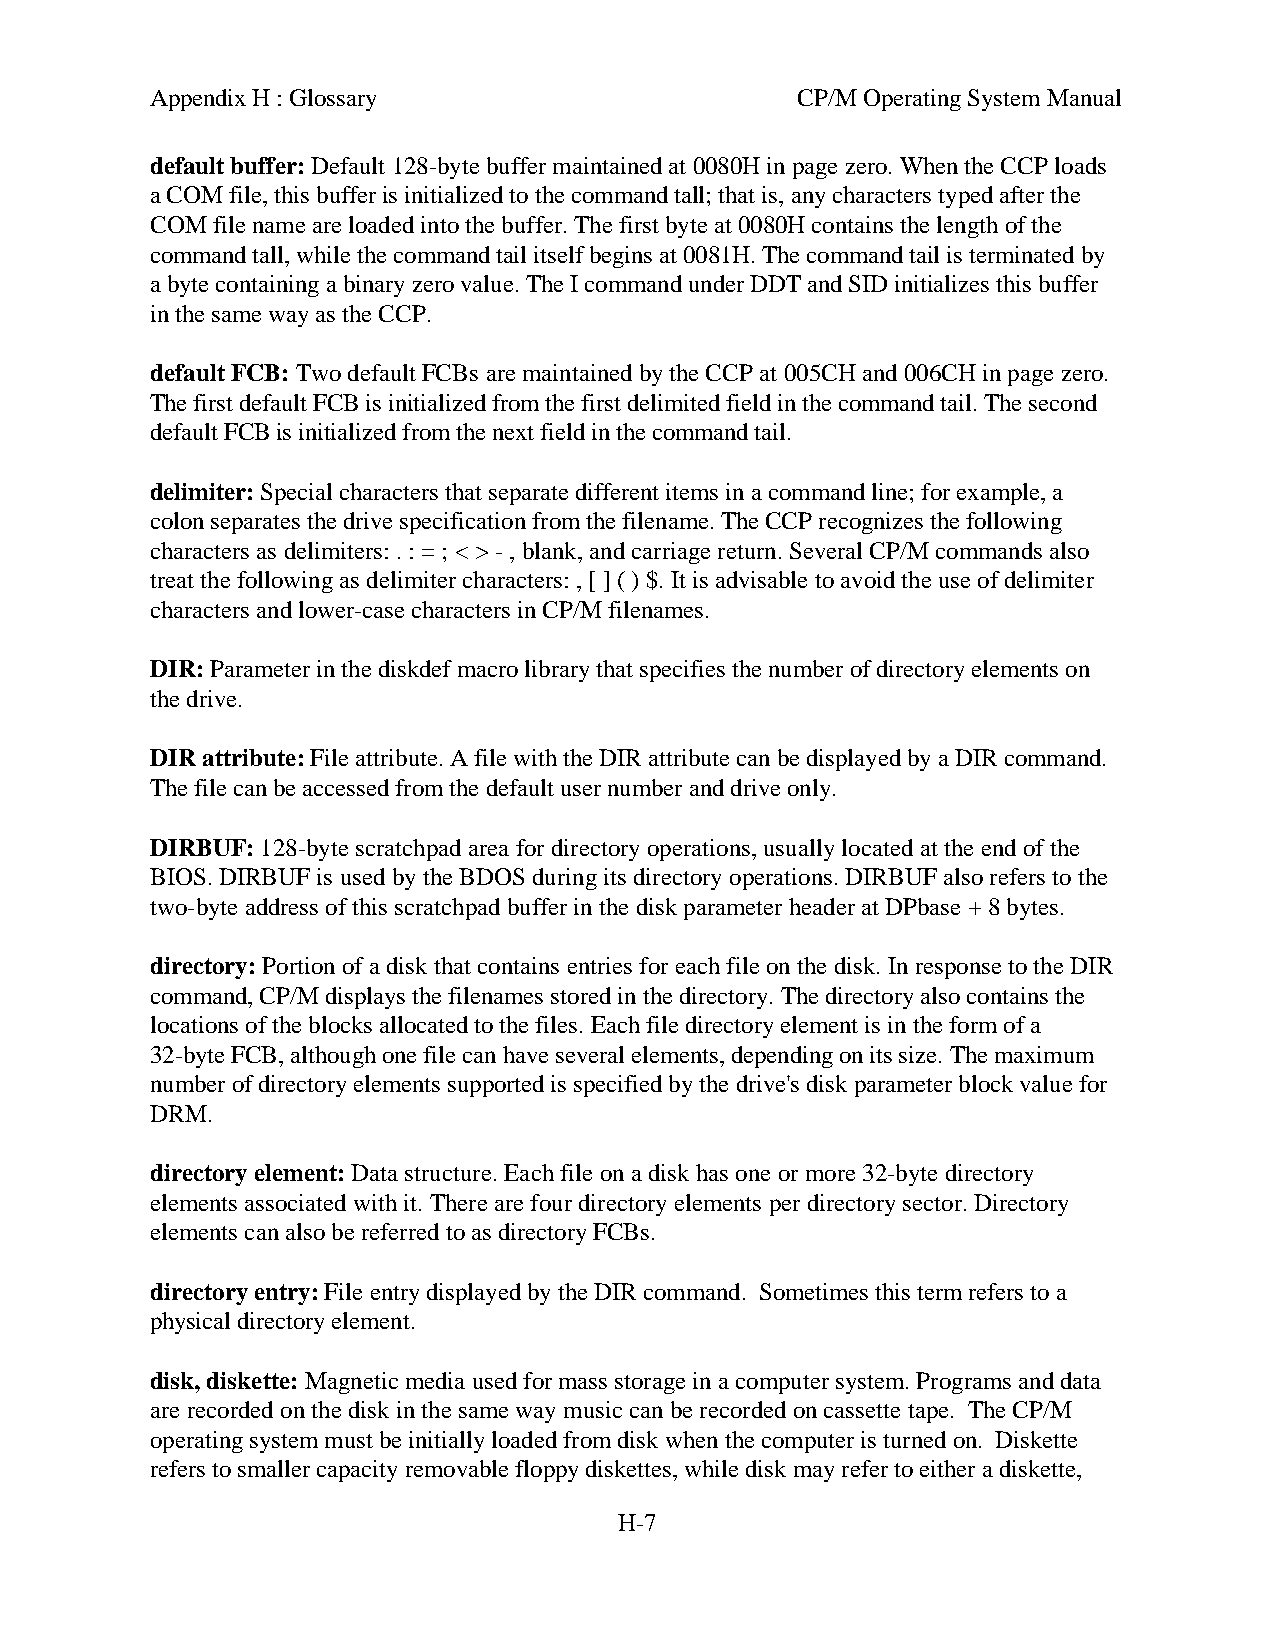
Appendix H : Glossary                      CP/M Operating System Manual
 default buffer: Default 128-byte buffer maintained at 0080H in page zero. When the CCP loads
 a COM file, this buffer is initialized to the command tall; that is, any characters typed after the
 COM file name are loaded into the buffer. The first byte at 0080H contains the length of the
 command tall, while the command tail itself begins at 0081H. The command tail is terminated by
 a byte containing a binary zero value. The I command under DDT and SID initializes this buffer
 in the same way as the CCP.
 default FCB: Two default FCBs are maintained by the CCP at 005CH and 006CH in page zero.
 The first default FCB is initialized from the first delimited field in the command tail. The second
 default FCB is initialized from the next field in the command tail.
 delimiter: Special characters that separate different items in a command line; for example, a
 colon separates the drive specification from the filename. The CCP recognizes the following
 characters as delimiters: . : = ; < > - , blank, and carriage return. Several CP/M commands also
 treat the following as delimiter characters: , [ ] ( ) $. It is advisable to avoid the use of delimiter
 characters and lower-case characters in CP/M filenames.
 DIR: Parameter in the diskdef macro library that specifies the number of directory elements on
 the drive.
 DIR attribute: File attribute. A file with the DIR attribute can be displayed by a DIR command.
 The file can be accessed from the default user number and drive only.
 DIRBUF: 128-byte scratchpad area for directory operations, usually located at the end of the
 BIOS. DIRBUF is used by the BDOS during its directory operations. DIRBUF also refers to the
 two-byte address of this scratchpad buffer in the disk parameter header at DPbase + 8 bytes.
 directory: Portion of a disk that contains entries for each file on the disk. In response to the DIR
 command, CP/M displays the filenames stored in the directory. The directory also contains the
 locations of the blocks allocated to the files. Each file directory element is in the form of a
 32-byte FCB, although one file can have several elements, depending on its size. The maximum
 number of directory elements supported is specified by the drive's disk parameter block value for
 DRM.
 directory element: Data structure. Each file on a disk has one or more 32-byte directory
 elements associated with it. There are four directory elements per directory sector. Directory
 elements can also be referred to as directory FCBs.
 directory entry: File entry displayed by the DIR command. Sometimes this term refers to a
 physical directory element.
 disk, diskette: Magnetic media used for mass storage in a computer system. Programs and data
 are recorded on the disk in the same way music can be recorded on cassette tape. The CP/M
 operating system must be initially loaded from disk when the computer is turned on. Diskette
 refers to smaller capacity removable floppy diskettes, while disk may refer to either a diskette,
 H-7